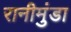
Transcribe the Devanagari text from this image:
रानीमुंडा